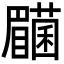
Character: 𭿰